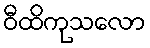
ဝီထိကုသလော